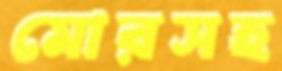
মোরসহ